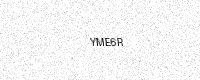
Text: YME6R